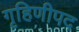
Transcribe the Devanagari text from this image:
गृहिणीपद